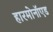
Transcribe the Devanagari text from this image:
हारमोनॉएड